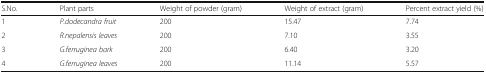
| S.No. | Plant parts | Weight of powder (gram) | Weight of extract (gram) | Percent extract yield (%) |
 | --- | --- | --- | --- | --- |
 | 1 | P.dodecandra fruit | 200 | 15.47 | 7.74 |
 | 2 | R.nepalensis leaves | 200 | 7.10 | 3.55 |
 | 3 | G.ferruginea bark | 200 | 6.40 | 3.20 |
 | 4 | G.ferruginea leaves | 200 | 11.14 | 5.57 |